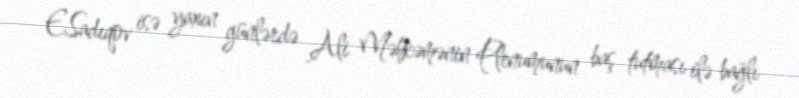
E.Sadıqov isə yaxın günlərdə Ali Məhkəmənin Plenumunun baş tutması ilə bağlı